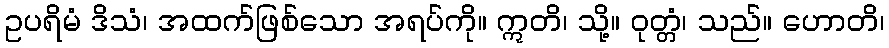
ဥပရိမံ ဒိသံ၊ အထက်ဖြစ်သော အရပ်ကို။ ဣတိ၊ သို့။ ဝုတ္တံ၊ သည်။ ဟောတိ၊